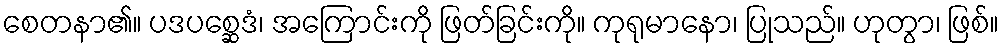
စေတနာ၏။ ပဒပစ္ဆေဒံ၊ အကြောင်းကို ဖြတ်ခြင်းကို။ ကုရုမာနော၊ ပြုသည်။ ဟုတွာ၊ ဖြစ်။